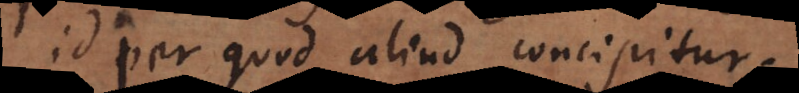
id per quod aliud concipitur.